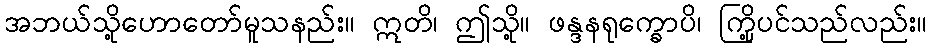
အဘယ်သို့ဟောတော်မူသနည်း။ ဣတိ၊ ဤသို့။ ဖန္ဒနရုက္ခောပိ၊ ကြို့ပင်သည်လည်း။